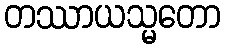
တဿာယသ္မတော